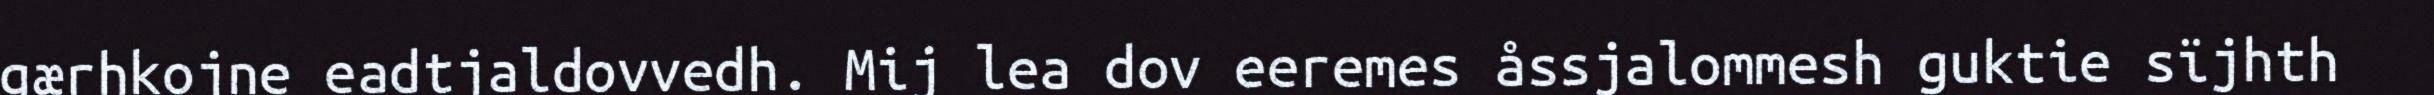
gærhkojne eadtjaldovvedh. Mij lea dov eeremes åssjalommesh guktie sïjhth